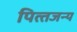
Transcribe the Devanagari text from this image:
पित्‍तजन्‍य